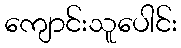
ကျောင်းသူပေါင်း